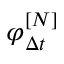
\varphi _ { \Delta { t } } ^ { [ N ] }